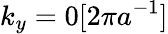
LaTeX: k_{y}=0[2\pi a^{-1}]